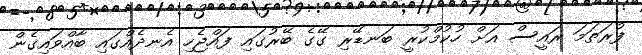
ފުރަތަމަ ރައީސް އަށް ހުކުމްކުރީ ބަނޑޭރި ގޭގެ ބޭރުގައި ފައްޖެހި އެނދެއްގައި ބާއްވައިގެން